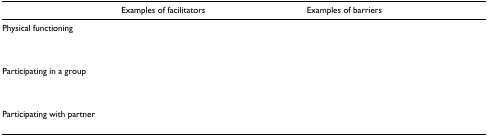
<table><thead><tr><td>[EMPTY_CELL]</td><td><b>Examples of facilitators</b></td><td><b>Examples of barriers</b></td></tr></thead><tbody><tr><td>Physical functioning</td><td>[EMPTY_CELL]</td><td>[EMPTY_CELL]</td></tr><tr><td>Participating in a group</td><td>[EMPTY_CELL]</td><td>[EMPTY_CELL]</td></tr><tr><td>Participating with partner</td><td>[EMPTY_CELL]</td><td>[EMPTY_CELL]</td></tr></tbody></table>